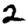
Digit: 2